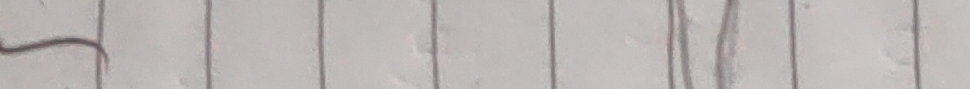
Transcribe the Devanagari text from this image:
पनि गरिएका सुधारहरू